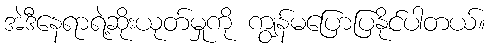
အဲဒီနေရာရဲ့ဆိုးယုတ်မှုကို ကျွန်မပြောပြနိုင်ပါတယ်။